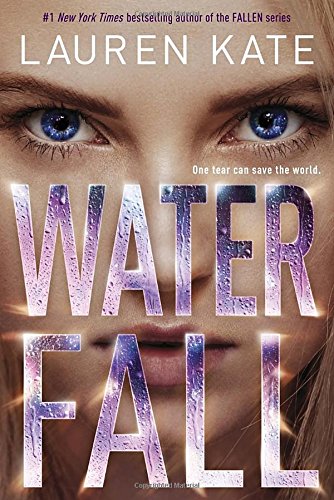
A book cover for Waterfall (Teardrop); Lauren Kate; Teen & Young Adult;